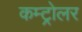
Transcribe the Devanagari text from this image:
कम्ट्रोलर